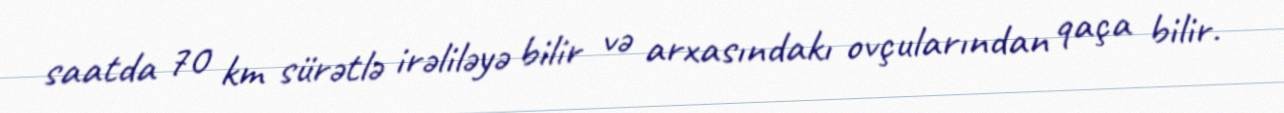
saatda 70 km sürətlə irəliləyə bilir və arxasındakı ovçularından qaça bilir.